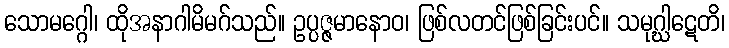
သောမဂ္ဂေါ၊ ထိုအနာဂါမိမဂ်သည်။ ဥပ္ပဇ္ဇမာနောဝ၊ ဖြစ်လတင်ဖြစ်ခြင်းပင်။ သမုဂ္ဃါဋေတိ၊